Lunatic asylums United Provinces 1899-1908 - 1899-1908
Year: 1899
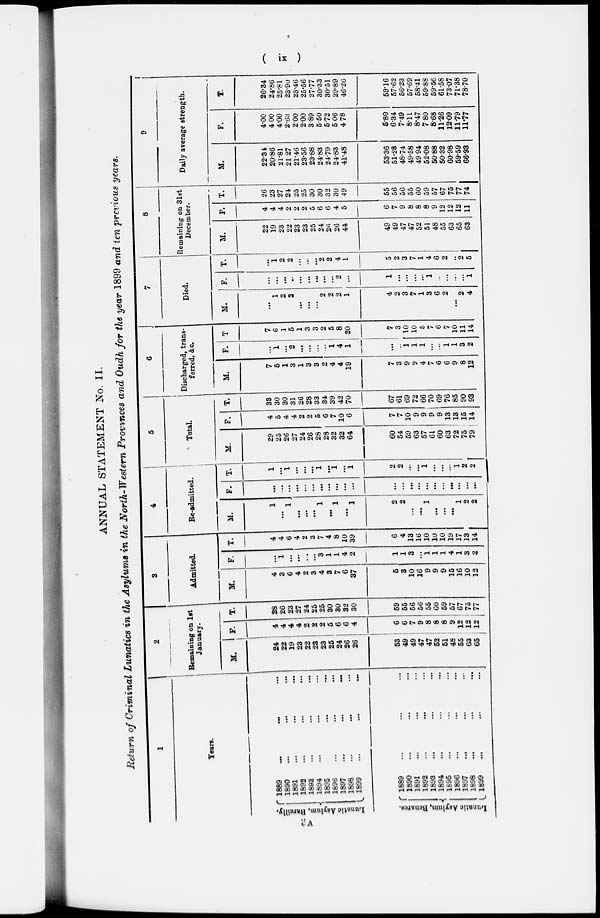
( ix )
ANNUAL STATEMENT No. II.
Return of Criminal Lunatics in the Asylums in the North-Western Provinces and Oudh for the year 1899 and ten previous years.
1
Years.
Lunatic
Asylum, Bareilly.
Lunatic Asylum, Benares.
1889 ... ... ...
1890 ... ... ...
1891 ... ... ...
1892 ... ... ...
1893 ... ... ...
1894 ... ... ...
1895 ... ... ...
1896 ... ... ...
1897
...
...
...
1898 ... ... ...
1899
...
...
...
1889 ... ... ...
1890 ... ... ...
1891 ... ... ...
1892 ... ... ...
1893 ... ... ...
1894 ... ... ...
1895 ... ... ...
1896 ... ... ...
1897 ... ... ...
1898
...
...
...
1899 ... ... ...
2
Remaining on 1st
January.
M.
24
22
19
23
22
23
23
25
24
26
26
53
49
49
47
47
52
51
48
55
63
65
F.
4
4
4
4
2
2
2
5
6
6
4
6
6
7
9
8
8
8
9
12
12
12
T.
28
26
23
27
24
25
25
30
30
32
30
59
55
56
56
55
60
59
57
67
75
77
3
Admitted.
M.
4
3
6
4
2
3
4
3
7
6
37
5
3
10
16
9
9
9
15
16
10
12
F.
...
1
...
...
...
...
3
1
1
4
2
1
1
3
...
1
1
1
4
1
3
2
T.
4
4
6
4
2
3
7
4
8
10
39
6
4
13
16
10
10
10
19
17
13
14
4
Re-admitted.
M.
1
...
1
...
...
...
1
...
1
...
1
2
2
...
...
1
...
...
...
1
2
2
F.
...
...
...
...
...
...
...
...
...
...
...
...
...
...
...
...
...
...
...
...
...
...
T.
1
...
1
...
...
...
1
...
1
...
1
2
2
...
...
1
...
...
...
1
2
2
5
Total.
M.
29
25
26
27
24
26
28
28
32
32
64
60
54
59
63
57
61
60
63
72
75
79
F.
4
5
4
4
2
2
5
6
7
10
6
7
7
10
9
9
9
9
13
13
15
14
T.
33
30
30
31
26
28
33
34
39
42
70
67
61
69
72
66
70
69
76
85
90
93
6
Discharged, trans-
ferred, &c.
M.
7
5
1
3
1
3
3
2
4
4
19
7
3
9
9
4
7
6
6
9
8
12
F.
...
1
...
2
...
...
...
...
1
4
1
...
...
1
1
1
...
...
1
1
3
2
T.
7
6
1
5
1
3
3
2
5
8
20
7
3
10
10
5
7
6
7
10
11
14
7
Died.
M.
...
1
2
2
...
...
...
2
2
2
1
4
2
3
7
1
3
6
2
...
2
4
F.
...
...
...
...
...
...
...
...
...
2
...
1
...
...
...
...
1
...
...
...
...
1
T.
...
1
2
2
...
...
...
2
2
4
1
5
2
3
7
1
4
6
2
...
2
5
8
Remaining on 31st
December.
M.
22
19
23
22
23
23
25
24
26
26
44
49
49
47
47
52
51
48
55
63
65
63
F.
4
4
4
2
2
2
5
6
6
4
5
6
7
9
8
8
8
9
12
12
12
11
T.
26
23
27
24
25
25
30
30
32
30
49
55
56
56
55
60
59
57
67
75
77
74
9
Daily average strength.
M.
22.34
20.86
21.81
21.27
21.46
23.56
23.88
24.83
24.79
24.83
41.48
53.36
51.28
48.74
49.58
49.94
52.08
50.88
50.32
60.98
59.59
66.93
F.
4.00
4.00
4.00
2.63
2.00
2.00
3.89
5.50
5.72
5.06
4.78
5.80
6.34
7.49
8.11
8.47
7.80
8.68
11.26
12.09
11.79
11.77
T.
26.34
24.86
25.81
23.90
23.46
25.56
27.77
30.33
30.51
29.89
46.26
59.16
57.62
56.23
57.69
58.41
59.88
59.56
61.58
73.07
71.38
78.70
3A